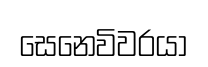
සෙනෙවිවරයා